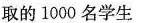
取的1000名学生